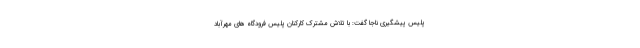
پلیس پیشگیری ناجا گفت: با تلاش مشترک کارکنان پلیس فرودگاه های مهرآباد